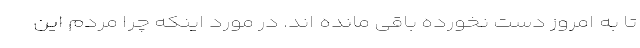
تا به امروز دست نخورده باقی مانده اند. در مورد اینکه چرا مردم این